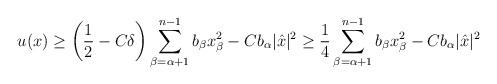
LaTeX: \begin{align*}u (x) \geq \left(\frac{1}{2} - C \delta\right) \sum_{\beta = \alpha + 1}^{n-1} b_\beta x_\beta^2 - C b_\alpha |\hat{x}|^2 \geq \frac{1}{4} \sum_{\beta = \alpha + 1}^{n-1} b_\beta x_\beta^2 - C b_\alpha |\hat{x}|^2\end{align*}